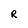
Character: R